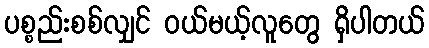
ပစ္စည်းစစ်လျှင် ဝယ်မယ့်လူတွေ ရှိပါတယ်